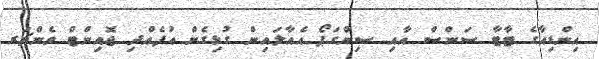
އިންޑިއާގެ ޓާޓާ ސަންސް އާއި ސިންގަޕޯ އެއާލައިން ގުޅިގެން އުފެއްދި ޖޮއިންޓް ވެންޗަރ